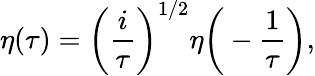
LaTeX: \eta(\tau)=\bigg(\frac{i}{\tau}\bigg)^{1/2}\eta\bigg(-\frac{1}{\tau}\bigg),